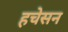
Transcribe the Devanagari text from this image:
हचेसन